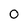
Character: O